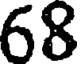
68